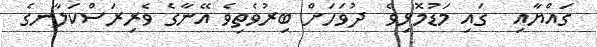
ގައްޔާއި  ގައި މަޑުމޮޅިވެ  ދުވަހަށް ބިރުވެތިވެ އޭނާގެ ވެރިރަސްކަލާނގެ